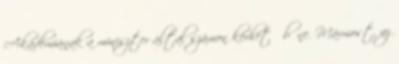
Akadémiának a miniszter által számon kérhető bűne. Mármost, az